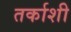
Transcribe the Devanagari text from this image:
तर्काशी